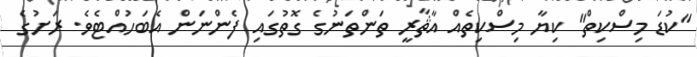
"ކުޑަ މިސްކިތް" ކިޔާ މިސްކިތެއް އާޘާރީ ތަންތަނުގެ ގޮތުގައި ފެންނަން އެބަހުއްޓެވެ. ރަށުގެ